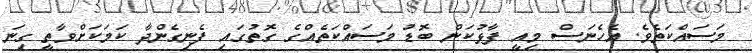
މަސައްކަތެވެ. އެހެނަސް މިއީ ފާޅުކަން ބޮޑު މަސައްކަތެއްގެ ގޮތުގައި ފެނިގެންދާ ކަމަކަށްވާތީ ގިނަ